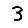
Digit: 3